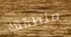
منطقتك